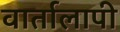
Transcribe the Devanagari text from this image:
वार्तालापी